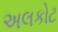
અલકોટ